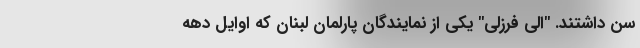
سن داشتند. "الی فرزلی" یکی از نمایندگان پارلمان لبنان که اوایل دهه